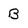
Character: B